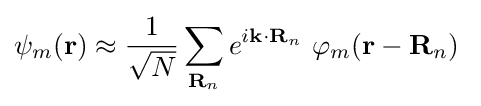
\psi _{m}(\mathbf {r} )\approx {\frac {1}{\sqrt {N}}}\sum _{\mathbf {R} _{n}}e^{i\mathbf {k} \cdot \mathbf {R} _{n}}\ \varphi _{m}(\mathbf {r} -\mathbf {R} _{n})\